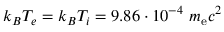
k _ { B } T _ { e } = k _ { B } T _ { i } = 9 . 8 6 \cdot 1 0 ^ { - 4 } ~ m _ { \mathrm { e } } c ^ { 2 }